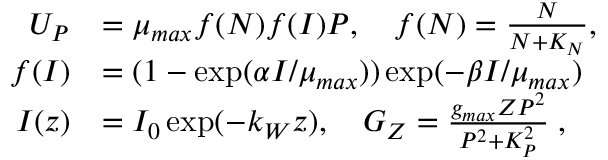
\begin{array} { r l } { U _ { P } } & { = \mu _ { m a x } f ( N ) f ( I ) P , \quad f ( N ) = \frac { N } { N + K _ { N } } , } \\ { f ( I ) } & { = ( 1 - \exp ( \alpha I / \mu _ { m a x } ) ) \exp ( - \beta I / \mu _ { m a x } ) } \\ { I ( z ) } & { = I _ { 0 } \exp ( - k _ { W } z ) , \quad G _ { Z } = \frac { g _ { m a x } Z P ^ { 2 } } { P ^ { 2 } + K _ { P } ^ { 2 } } \; , } \end{array}